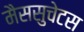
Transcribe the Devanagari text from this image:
मैससुचेटस